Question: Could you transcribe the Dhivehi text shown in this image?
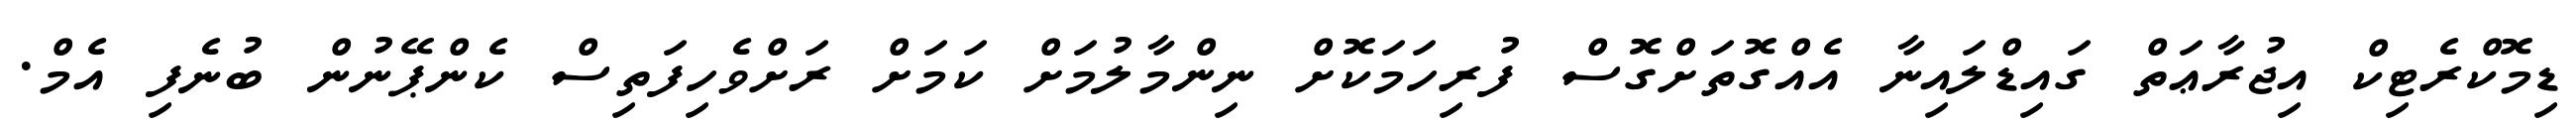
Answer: ޑިމޮކްރެޓިކް އިޖުރާޢަތް ގައިޑްލައިނާ އެއްގޮތަށްގޮސް ފުރިހަމަކޮށް ނިންމާލުމަށް ކަމަށް ރަށްވެހިފަތިސް ކެންޕޭނުން ބުނެފި އެމް.